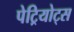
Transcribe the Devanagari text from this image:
पेट्रियोट्स